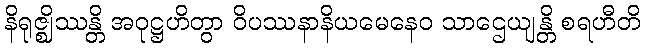
နိရုဇ္ဈိဿန္တိ အဝုဋ္ဌဟိတွာ ဝိပဿနာနိယမေနေဝ သာဌေယျန္တိ စရဟီတိ